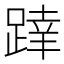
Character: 𨂧